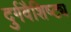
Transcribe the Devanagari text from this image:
दुर्गवैशिष्ट्य